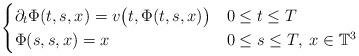
LaTeX: \begin{align*}\begin{cases}\partial_{t}\Phi(t,s,x)=v\big(t,\Phi(t,s,x)\big) & 0\leq t\leq T \\ \Phi(s,s,x)=x & 0\leq s\leq T,\;x\in\mathbb{T}^3\end{cases}\end{align*}